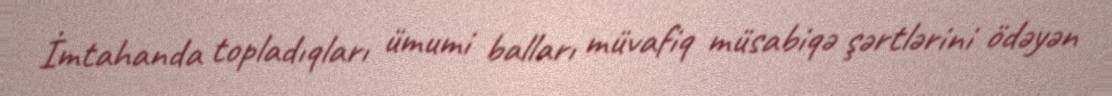
İmtahanda topladıqları ümumi balları müvafiq müsabiqə şərtlərini ödəyən